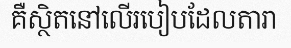
គឺស្ថិតនៅលើរបៀបដែលតារា